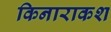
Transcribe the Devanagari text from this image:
किनाराकश